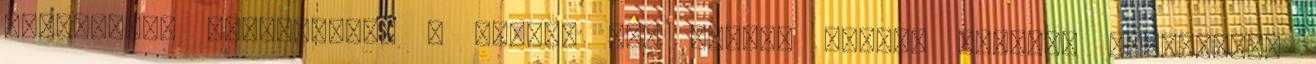
társadalmi hálózatban. A gombok egy kicsit lejebb vannak. Köszönjük.